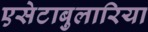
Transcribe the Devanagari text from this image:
एसेटाबुलारिया